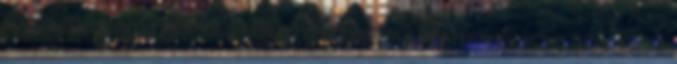
rövidhullámon hallgathatom, ugyanúgy gondolataim is két hullámhosszra állhatnak rá.